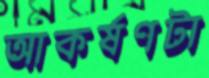
আকর্ষণটা